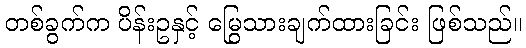
တစ်ခွက်က ပိန်းဥနှင့် မြွေသားချက်ထားခြင်း ဖြစ်သည်။